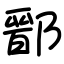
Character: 鄑